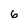
Character: 6